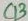
Text: C13